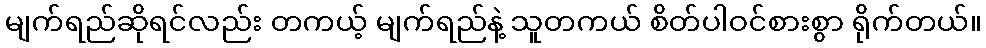
မျက်ရည်ဆိုရင်လည်း တကယ့် မျက်ရည်နဲ့ သူတကယ် စိတ်ပါဝင်စားစွာ ရိုက်တယ်။